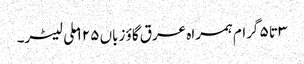
۳ تا ۵ گرام ہمراہ عرق گاؤ زباں ۱۲۵ ملی لیٹر۔